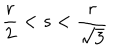
LaTeX: \frac { r } { 2 } < s < \frac { r } { \sqrt { 3 } }